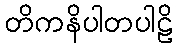
တိကနိပါတပါဠိ